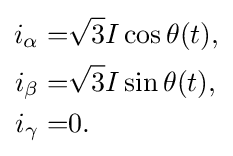
{\begin{aligned}i_{\alpha }=&{\sqrt {3}}I\cos \theta (t),\\i_{\beta }=&{\sqrt {3}}I\sin \theta (t),\\i_{\gamma }=&0.\end{aligned}}